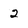
Character: 2